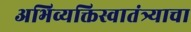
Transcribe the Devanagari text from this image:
अभिव्यक्तिस्वातंत्र्याचा